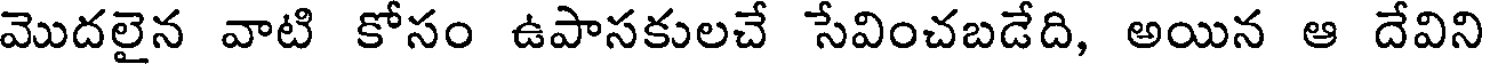
మొదలైన వాటి కోసం ఉపాసకులచే సేవించబడేది, అయిన ఆ దేవిని